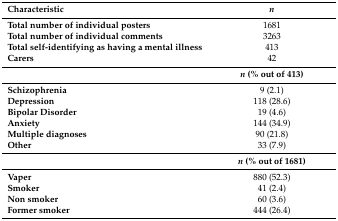
<table><thead><tr><td><b>Characteristic</b></td><td><b><i>n</i></b></td></tr></thead><tbody><tr><td><b>Total number of individual posters</b></td><td>1681</td></tr><tr><td><b>Total number of individual comments</b></td><td>3263</td></tr><tr><td><b>Total self-identifying as having a mental illness</b></td><td>413 </td></tr><tr><td><b>Carers</b></td><td>42</td></tr><tr><td></td><td><b><i>n</i> (% out of 413)</b></td></tr><tr><td><b>Schizophrenia</b></td><td>9 (2.1)</td></tr><tr><td><b>Depression</b></td><td>118 (28.6)</td></tr><tr><td><b>Bipolar Disorder</b></td><td>19 (4.6)</td></tr><tr><td><b>Anxiety</b></td><td>144 (34.9)</td></tr><tr><td><b>Multiple diagnoses</b></td><td>90 (21.8)</td></tr><tr><td><b>Other</b></td><td>33 (7.9)</td></tr><tr><td></td><td><b><i>n</i> (% out of 1681)</b></td></tr><tr><td><b>Vaper</b></td><td>880 (52.3)</td></tr><tr><td><b>Smoker</b></td><td>41 (2.4)</td></tr><tr><td><b>Non smoker</b></td><td>60 (3.6)</td></tr><tr><td><b>Former smoker</b></td><td>444 (26.4)</td></tr></tbody></table>